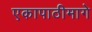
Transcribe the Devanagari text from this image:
एकापाठीमागे